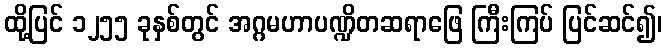
ထို့ပြင် ၁၂၅၅ ခုနှစ်တွင် အဂ္ဂမဟာပဏ္ဍိတဆရာဖြေ ကြီးကြပ် ပြင်ဆင်၍၊